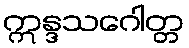
ဣန္ဒသဂေါတ္တ